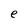
Character: e